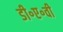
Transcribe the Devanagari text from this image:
डी॰ए॰वी